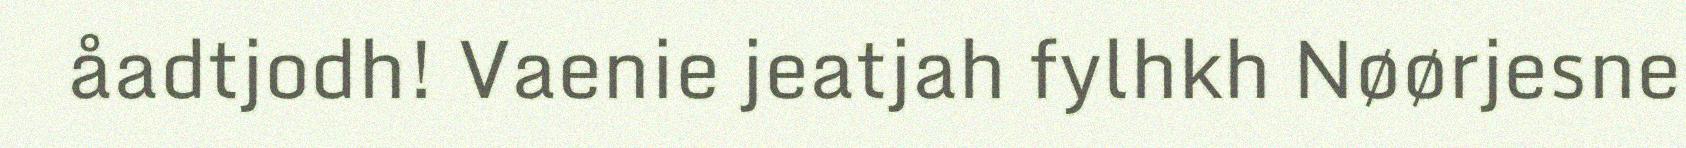
åadtjodh! Vaenie jeatjah fylhkh Nøørjesne